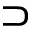
\supset